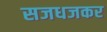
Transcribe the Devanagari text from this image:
सजधजकर